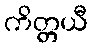
ကိတ္တယီ